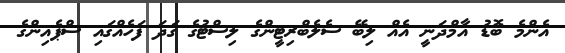
އެންމެ ބޮޑު އާމްދަނީ އެއް ލިބޭ ސެލެބްރިޓީންގެ ލިސްޓުގެ ގަދަ ފަހެއްގައި ސްޕެއިންގެ